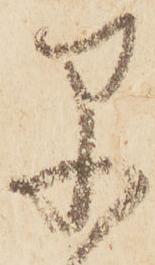
早